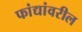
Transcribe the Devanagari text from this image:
फांद्यांवरील